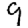
Digit: 9